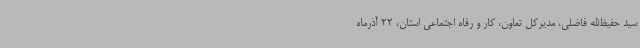
سید حفیظ‌الله فاضلی، مدیرکل تعاون، کار و رفاه اجتماعی استان، 22 آذرماه